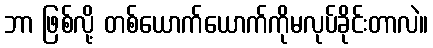
ဘာ ဖြစ်လို့ တစ်ယောက်ယောက်ကိုမလုပ်ခိုင်းတာလဲ။